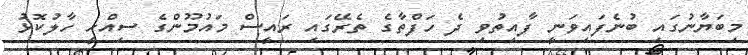
މިބަޔާނުގައި ބުނެފައިވަނީ ފާއިތުވި ދެ ހަފްތާގެ ތެރޭގައި ރައީސް މައުމޫންގެ ސިއްހީ ހާލުކޮޅު